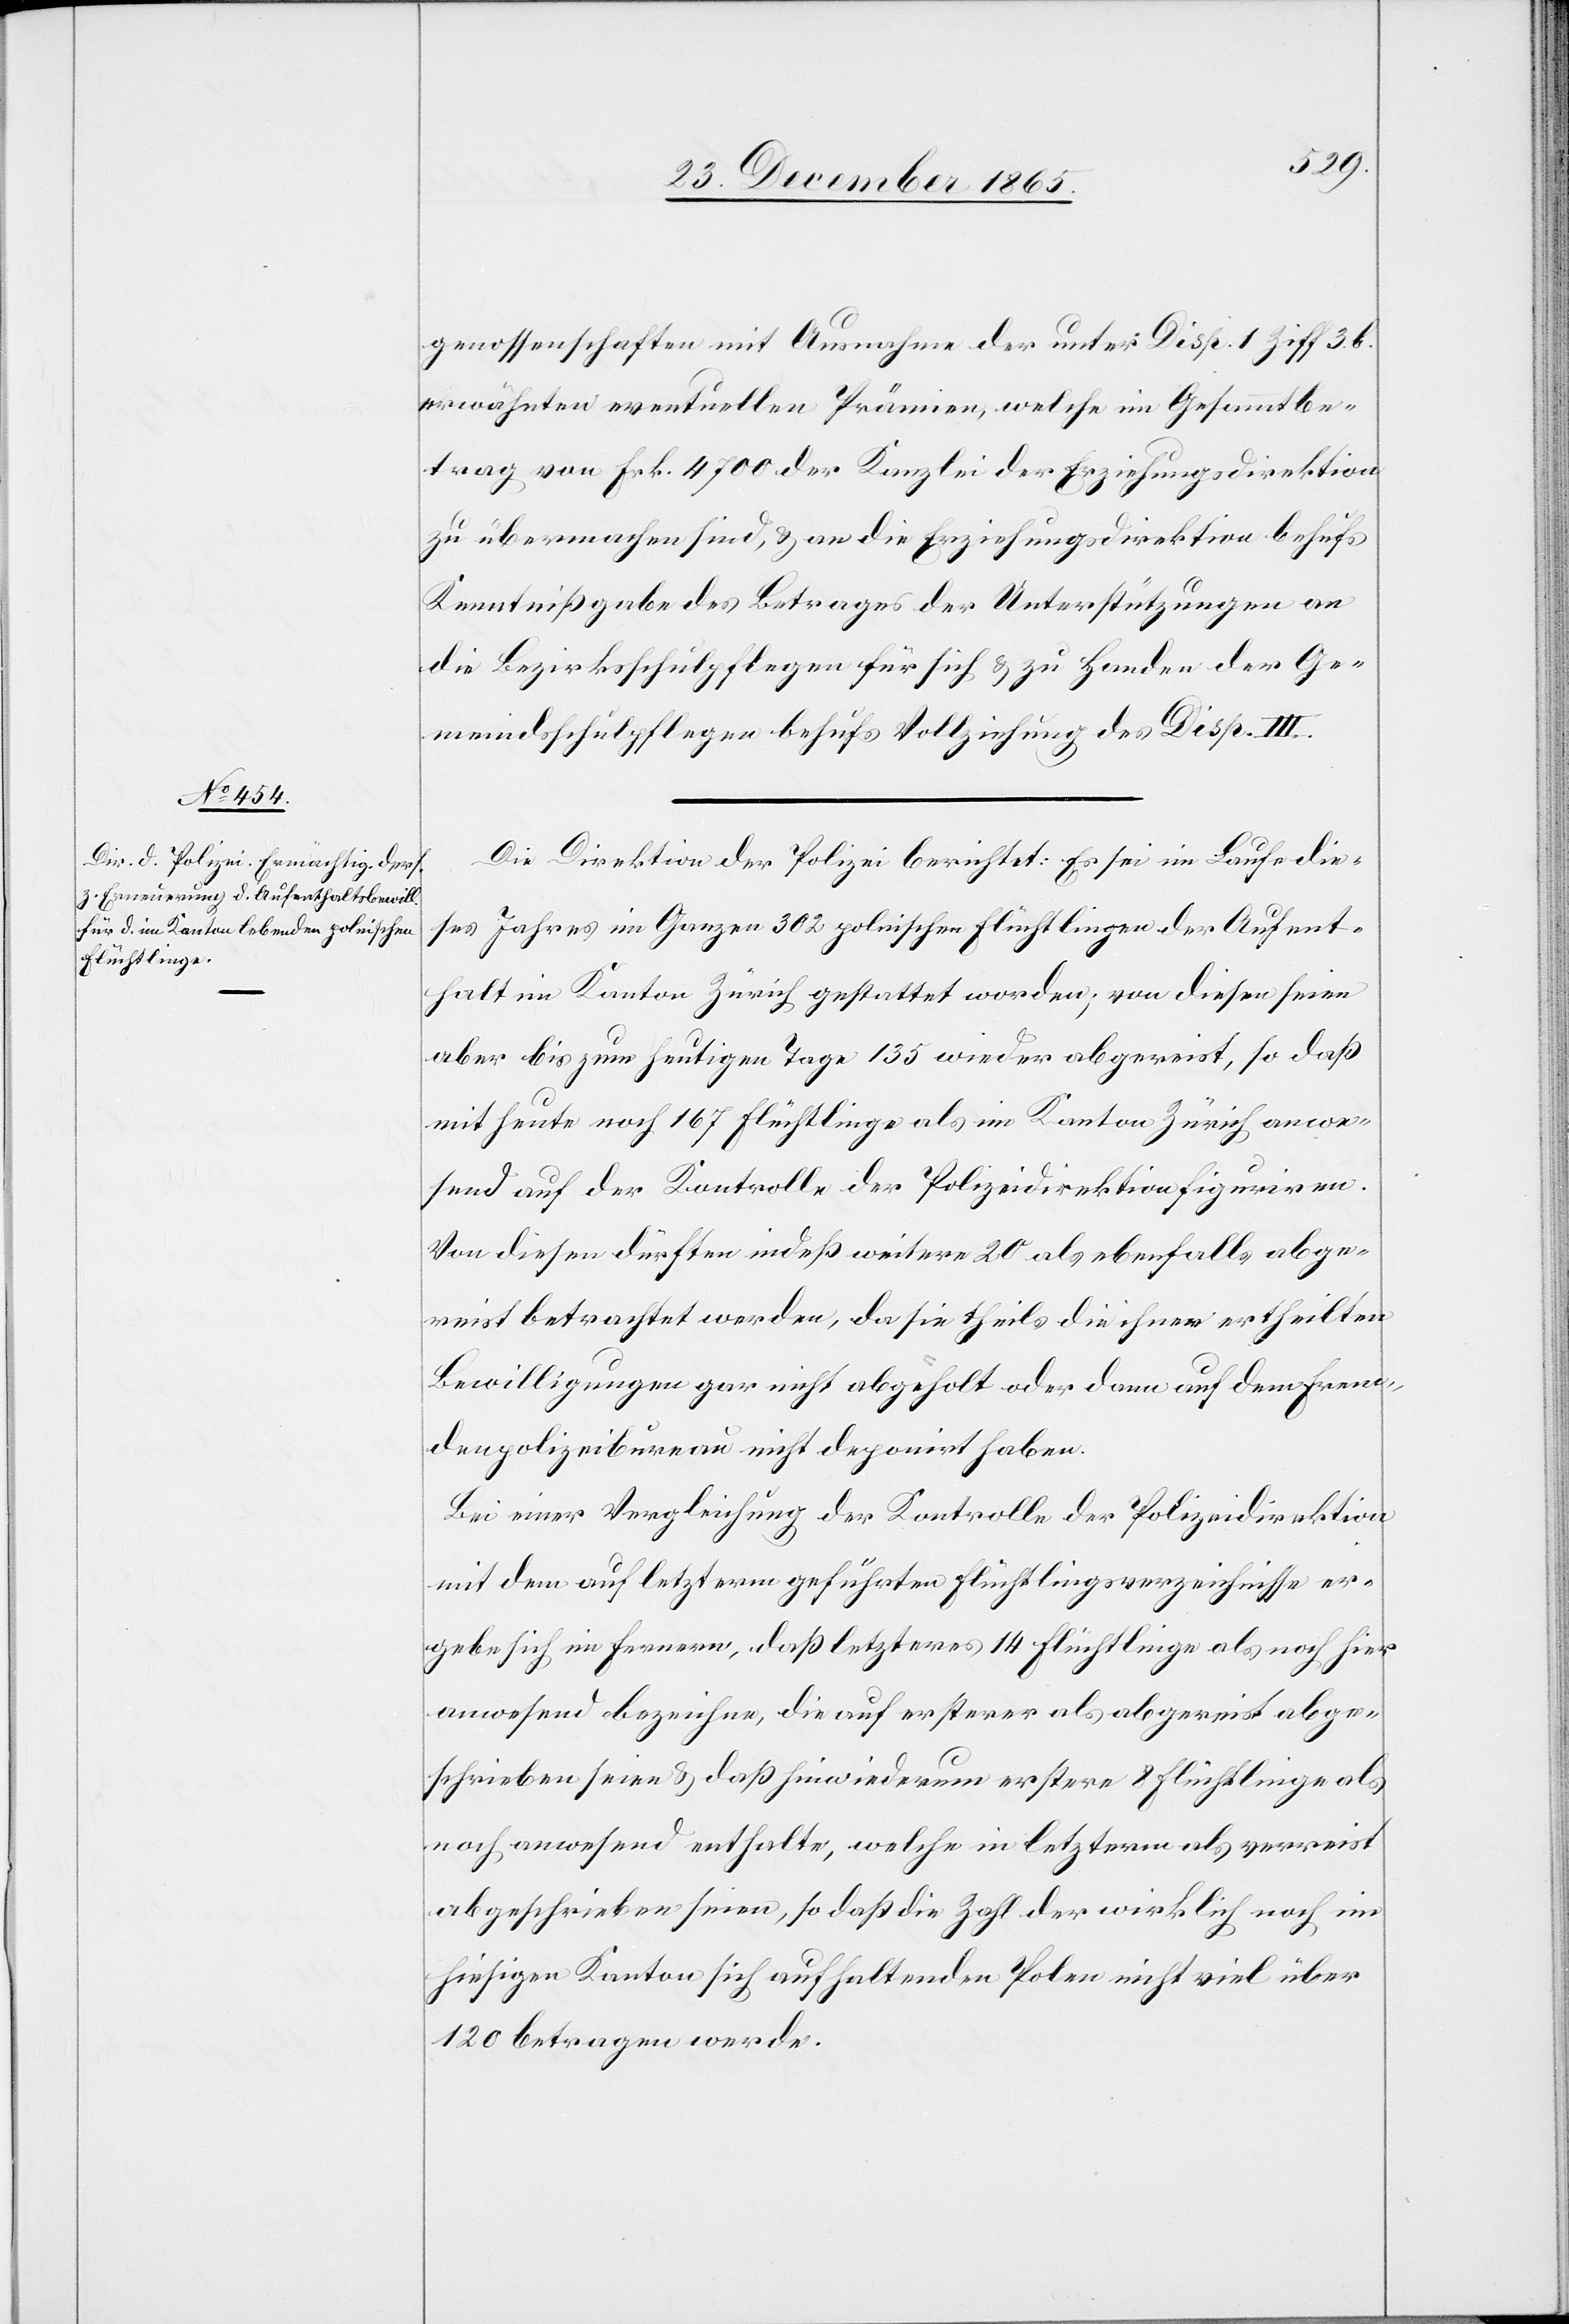
genossenschaften mit Ausnahme der unter Disp. 1. Ziff. 3. b.
erwähnten eventuellen Prämien, welche im Gesammtbe¬
trag von Frk. 4700 der Kanzlei der Erziehungsdirektion
zu übermachen sind, & an die Erziehungsdirektion behufs
Kenntnißgabe des Betrages der Unterstützungen an
die Bezirksschulpflegen für sich & zu Handen der Ge¬
meindsschulgenossenschaften behufs Vollziehung des Disp. III.
Die Direktion der Polizei berichtet: Es sei im Laufe die¬
ses Jahres im Ganzen 302 polnischen Flüchtlingen der Aufent¬
halt im Kanton Zürich gestattet worden; von diesen seien
aber bis zum heutigen Tage 135 wieder abgereist, so daß
mit heute noch 167 Flüchtlinge als im Kanton Zürich anwe¬
send auf der Kontrolle der Polizeidirektion figuriren.
Von diesen dürften indeß weitere 20 als ebenfalls abge¬
reist betrachtet werden, da sie theils die ihnen ertheilten
Bewilligungen gar nicht abgeholt oder dem Fremde¬
npolizeibureau nicht deponirt haben.
Bei einer Vergleichung der Kontrolle der Polizeidirektion
mit dem auf letzterm geführten Flüchtlingsverzeichnisse er¬
gebe sich im Fernern, daß letzteres 14 Flüchtlinge als noch hier
anwesend bezeichne, die auf ersterer als abgereist abge¬
schrieben seien & daß hiewiederum erstere 8 Flüchtlinge als
noch anwesend enthalte, welche in letzterm als verreist
abgeschrieben seien, so daß die Zahl der wirklich noch im
hiesigen Kanton sich aufhaltenden Polen nicht viel über
120 betragen werde.